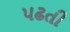
પઢતી